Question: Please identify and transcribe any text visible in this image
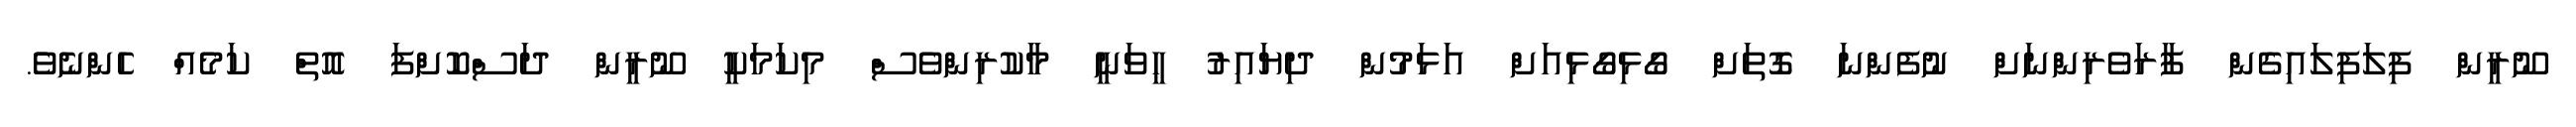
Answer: ނޫރީން ފިލަފިލައިގެން ފާރަވެރިންނަށް ނުފެންނަ ގޮތަށް ގޯޅިގޯޅިއަށް އަޅަމުން ދިޔައިރު ހީވަނީ މާކުރިންވެސް މިކަމަކީ ނޫރީން ދަސްކޮށްފަ އޮތް ކަމެއް ހެންނެވެެ.